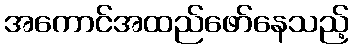
အကောင်အထည်ဖော်နေသည့်